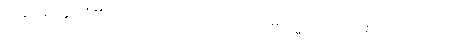
သုခုမော၊ နူးညံ့၏။ အယံ ပုဂ္ဂလော၊ သည်။ (ဣမံ ဓမ္မံ၊ ကို။) သစေ ဂဏှိဿတိ၊